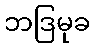
ဘဒြမုခ